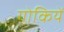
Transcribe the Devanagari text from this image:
गोकियें